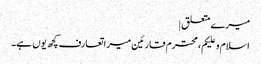
میرے متعلق |
اسلام و علیکم، محترم قارئین میرا تعارف کچھ یوں ہے۔